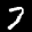
Label: 7